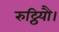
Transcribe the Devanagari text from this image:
रुट्ठियौ।